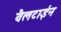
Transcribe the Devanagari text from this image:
वैलटाईन